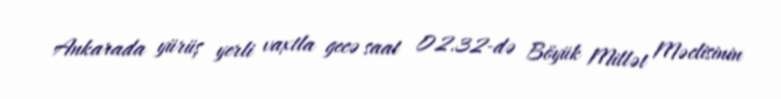
Ankarada yürüş yerli vaxtla gecə saat 02.32-də Böyük Millət Məclisinin